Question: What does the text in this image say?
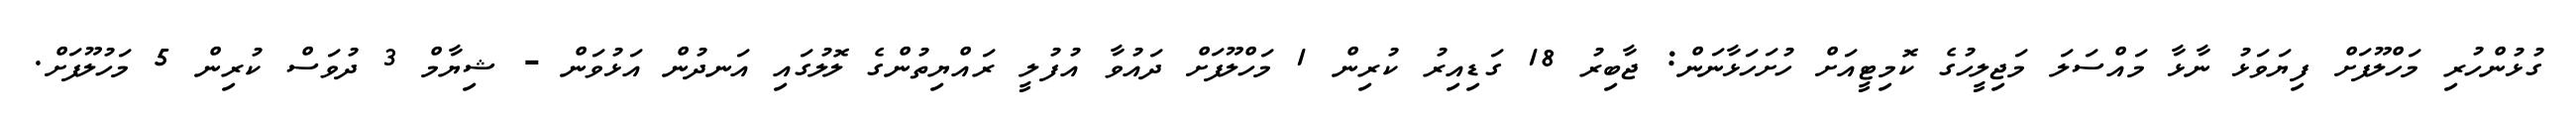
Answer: ގުޅުންހުރި މަހްލޫފަށް ފިޔަވަޅު ނާޅާ މައްސަލަ މަޖިލީހުގެ ކޮމިޓީއަށް ހުށަހަޅާނަން: ޖާބިރު 18 ގަޑިއިރު ކުރިން 1 މަހްލޫފަށް ދައުވާ އުފުލީ ރައްޔިތުންގެ ލޮލުގައި އަނދުން އަޅުވަން - ޝިޔާމް 3 ދުވަސް ކުރިން 5 މަހުލޫފަށް.